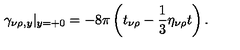
\gamma _ { \nu \rho , y } | _ { y = + 0 } = - 8 \pi \left( t _ { \nu \rho } - \frac 1 3 \eta _ { \nu \rho } t \right) .